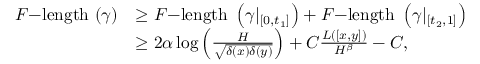
\begin{array} { r l } { F \mathrm { - l e n g t h ~ } ( \gamma ) } & { \geq F \mathrm { - l e n g t h ~ } \left( \gamma | _ { \left[ 0 , t _ { 1 } \right] } \right) + F \mathrm { - l e n g t h ~ } \left( \gamma | _ { \left[ t _ { 2 } , 1 \right] } \right) } \\ & { \geq 2 \alpha \log \left( \frac { H } { \sqrt { \delta ( x ) \delta ( y ) } } \right) + C \frac { L ( [ x , y ] ) } { H ^ { \beta } } - C , } \end{array}